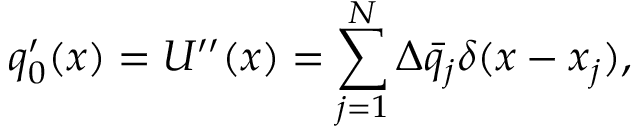
q _ { 0 } ^ { \prime } ( x ) = U ^ { \prime \prime } ( x ) = \sum _ { j = 1 } ^ { N } \Delta \bar { q } _ { j } \delta ( x - x _ { j } ) ,